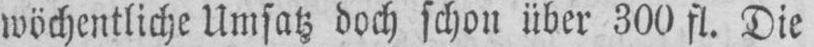
wöchentliche Umsatz doch schon über 300 fl. Die